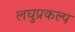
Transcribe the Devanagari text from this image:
लघुप्रकल्प